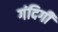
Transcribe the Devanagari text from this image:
गंदिगी